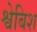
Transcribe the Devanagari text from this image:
श्वेबिश